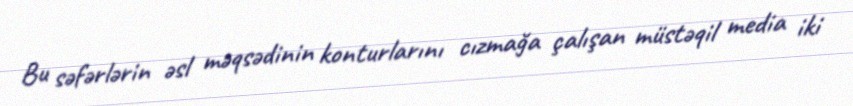
Bu səfərlərin əsl məqsədinin konturlarını cızmağa çalışan müstəqil media iki